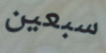
سبعين